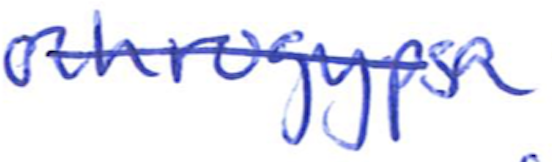
Text: ochrogypsa
Cross-out: single-line
Writing tool: ballpoint